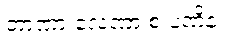
တာဏာ လေဏာ စ ပဏိနံ။